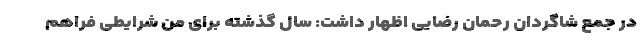
در جمع شاگردان رحمان رضایی اظهار داشت: سال گذشته برای من شرایطی فراهم